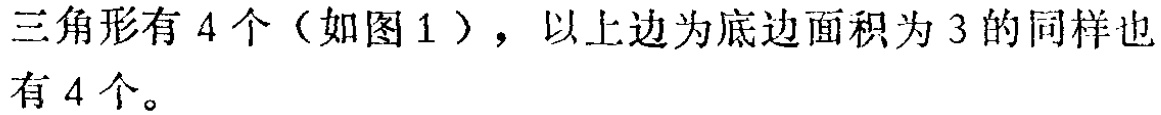
三角形有 4 个（如图 1），以上边为底边面积为 3 的同样也有 4 个。